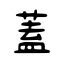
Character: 蓋